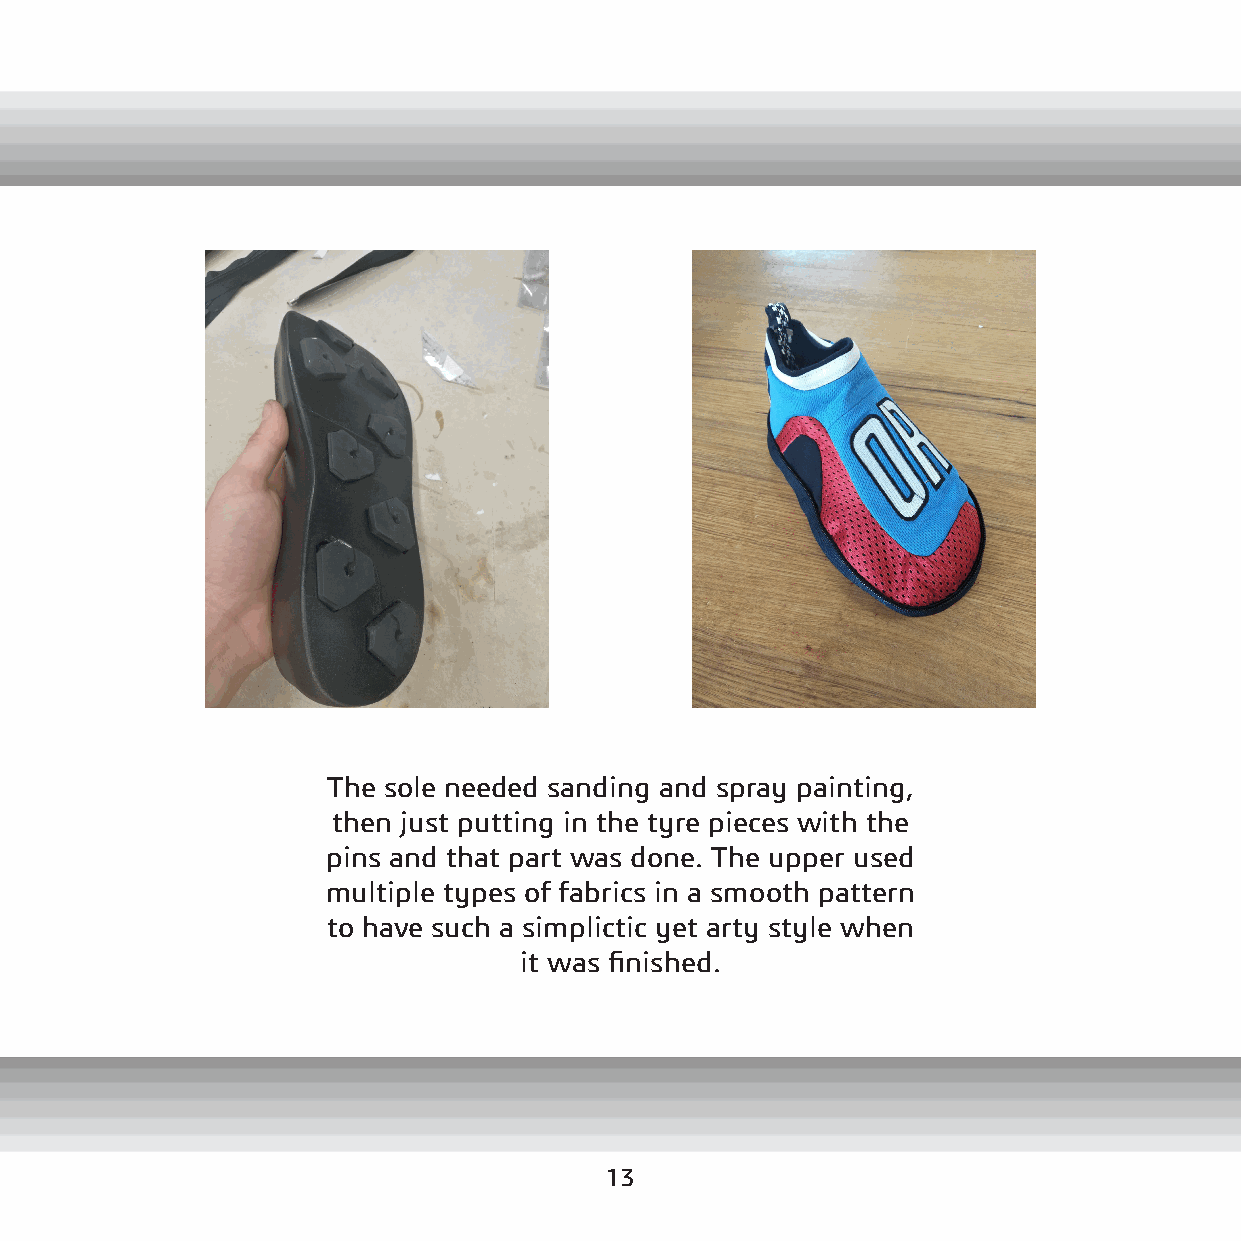
The sole needed sanding and spray painting,
 then just putting in the tyre pieces with the
 pins and that part was done. The upper used
 multiple types of fabrics in a smooth pattern
 to have such a simplictic yet arty style when
 it was finished.
 13